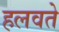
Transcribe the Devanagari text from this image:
हलवते